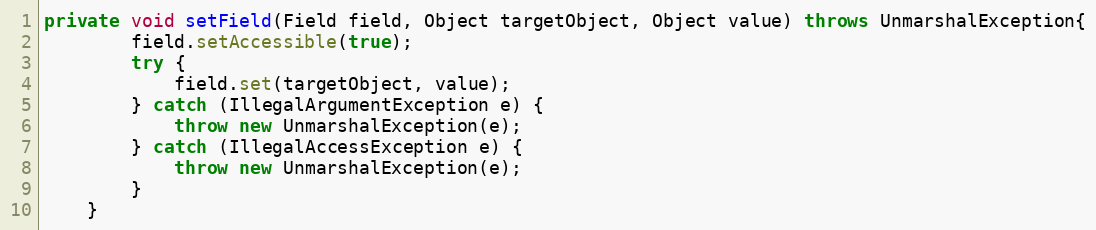
Language: Java
private void setField(Field field, Object targetObject, Object value) throws UnmarshalException{
		field.setAccessible(true);
		try {
			field.set(targetObject, value);
		} catch (IllegalArgumentException e) {
			throw new UnmarshalException(e);
		} catch (IllegalAccessException e) {
			throw new UnmarshalException(e);
		}
	}